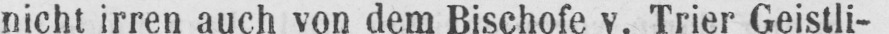
nicht irren auch von dem Bischöfe v. Trier Geistli-